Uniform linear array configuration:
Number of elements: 48
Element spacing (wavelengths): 1
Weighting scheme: cosine
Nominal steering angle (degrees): -30
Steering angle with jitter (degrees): -31.995
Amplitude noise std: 0.05
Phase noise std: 0.05

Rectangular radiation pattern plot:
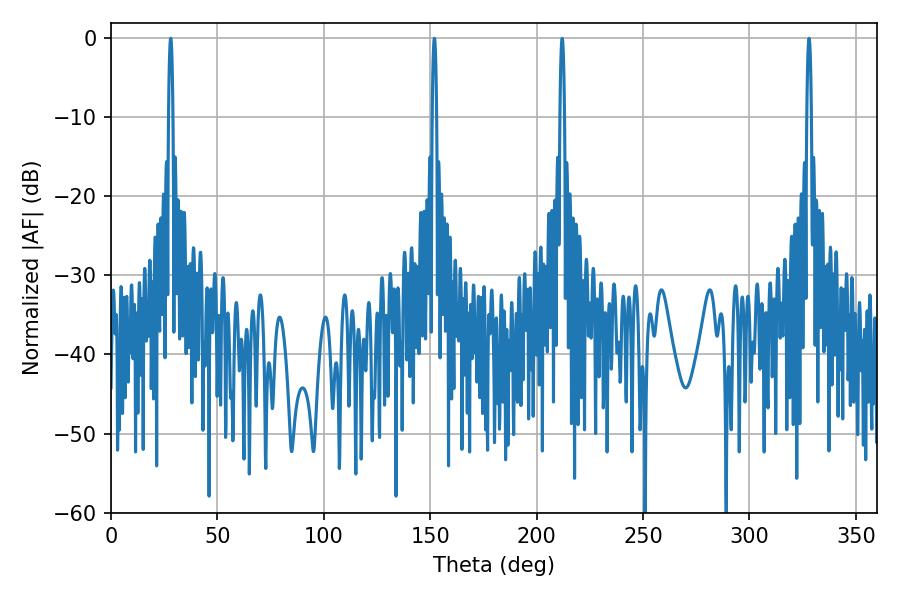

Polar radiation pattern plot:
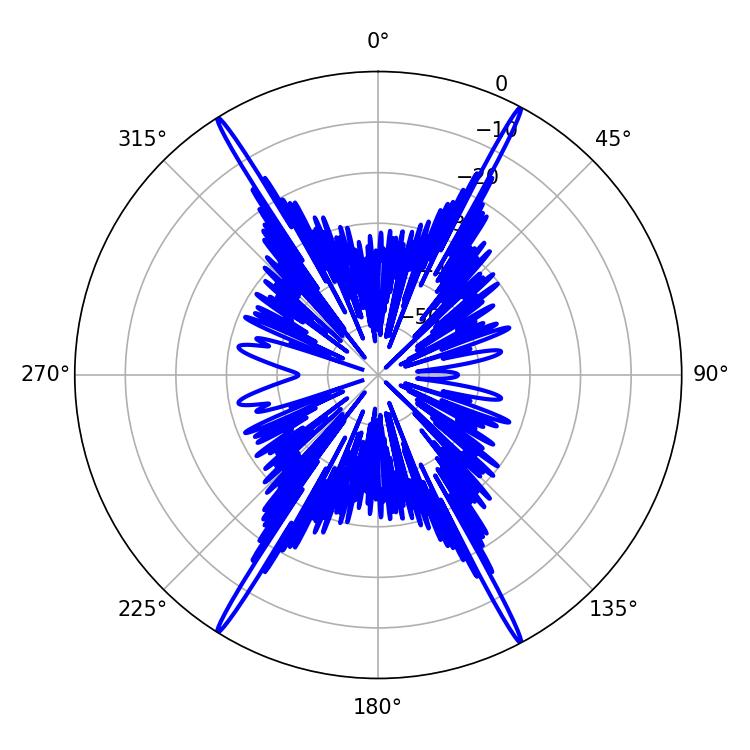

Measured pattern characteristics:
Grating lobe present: TRUE
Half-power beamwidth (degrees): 1.08
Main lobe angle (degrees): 151.92